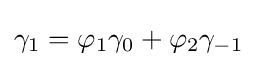
\gamma _{1}=\varphi _{1}\gamma _{0}+\varphi _{2}\gamma _{-1}